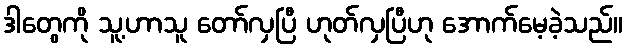
ဒါတွေကို သူ့ဟာသူ တော်လှပြီ ဟုတ်လှပြီဟု အောက်မေ့ခဲ့သည်။